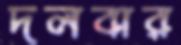
দলবার